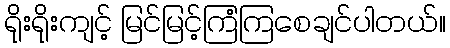
ရိုးရိုးကျင့် မြင်မြင့်ကြံကြစေချင်ပါတယ်။